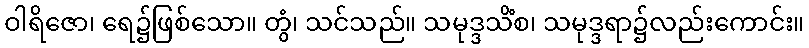
ဝါရိဇော၊ ရေ၌ဖြစ်သော။ တွံ၊ သင်သည်။ သမုဒ္ဒသိံစ၊ သမုဒ္ဒရာ၌လည်းကောင်း။